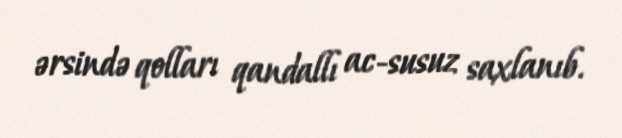
ərsində qolları qandallı ac-susuz saxlanıb.